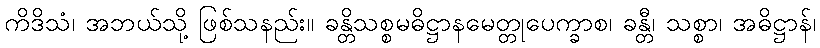
ကိဒိသံ၊ အဘယ်သို့ ဖြစ်သနည်း။ ခန္တိသစ္စမဓိဋ္ဌာနမေတ္တုပေက္ခာစ၊ ခန္တီ၊ သစ္စာ၊ အဓိဋ္ဌာန်၊